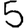
Digit: 5